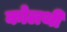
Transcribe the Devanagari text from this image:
कोलथी